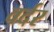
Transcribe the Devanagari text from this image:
वर्दर